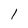
Character: 1